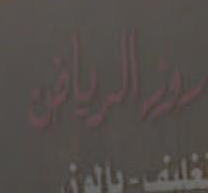
العالمية